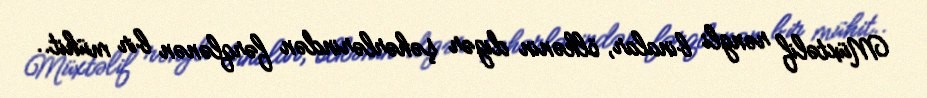
Müxtəlif rəngli binalar, ölkənin digər şəhərlərindən fərqlənən bir mühit..